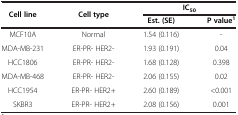
| <ROWSPAN=2> Cell line | <ROWSPAN=2> Cell type | <COLSPAN=2> IC50 |
 | Est. (SE) | P value1 |
 | --- | --- | --- | --- |
 | MCF10A | Normal | 1.54 (0.116) | - |
 | MDA-MB-231 | ER-PR- HER2- | 1.93 (0.191) | 0.04 |
 | HCC1806 | ER-PR- HER2- | 1.68 (0.128) | 0.398 |
 | MDA-MB-468 | ER-PR- HER2- | 2.06 (0.155) | 0.02 |
 | HCC1954 | ER-PR- HER2+ | 2.60 (0.189) | <0.001 |
 | SKBR3 | ER-PR- HER2+ | 2.08 (0.156) | 0.001 |